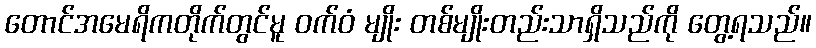
တောင်အမေရိကတိုက်တွင်မူ ဝက်ဝံ မျိုး တစ်မျိုးတည်းသာရှိသည်ကို တွေ့ရသည်။